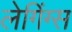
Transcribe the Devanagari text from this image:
लेगिंग्स